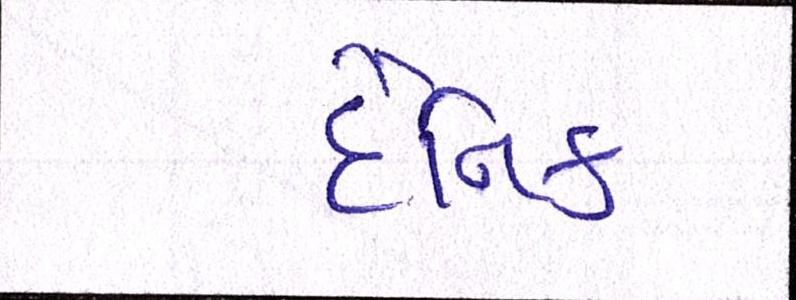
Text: દૈનિક